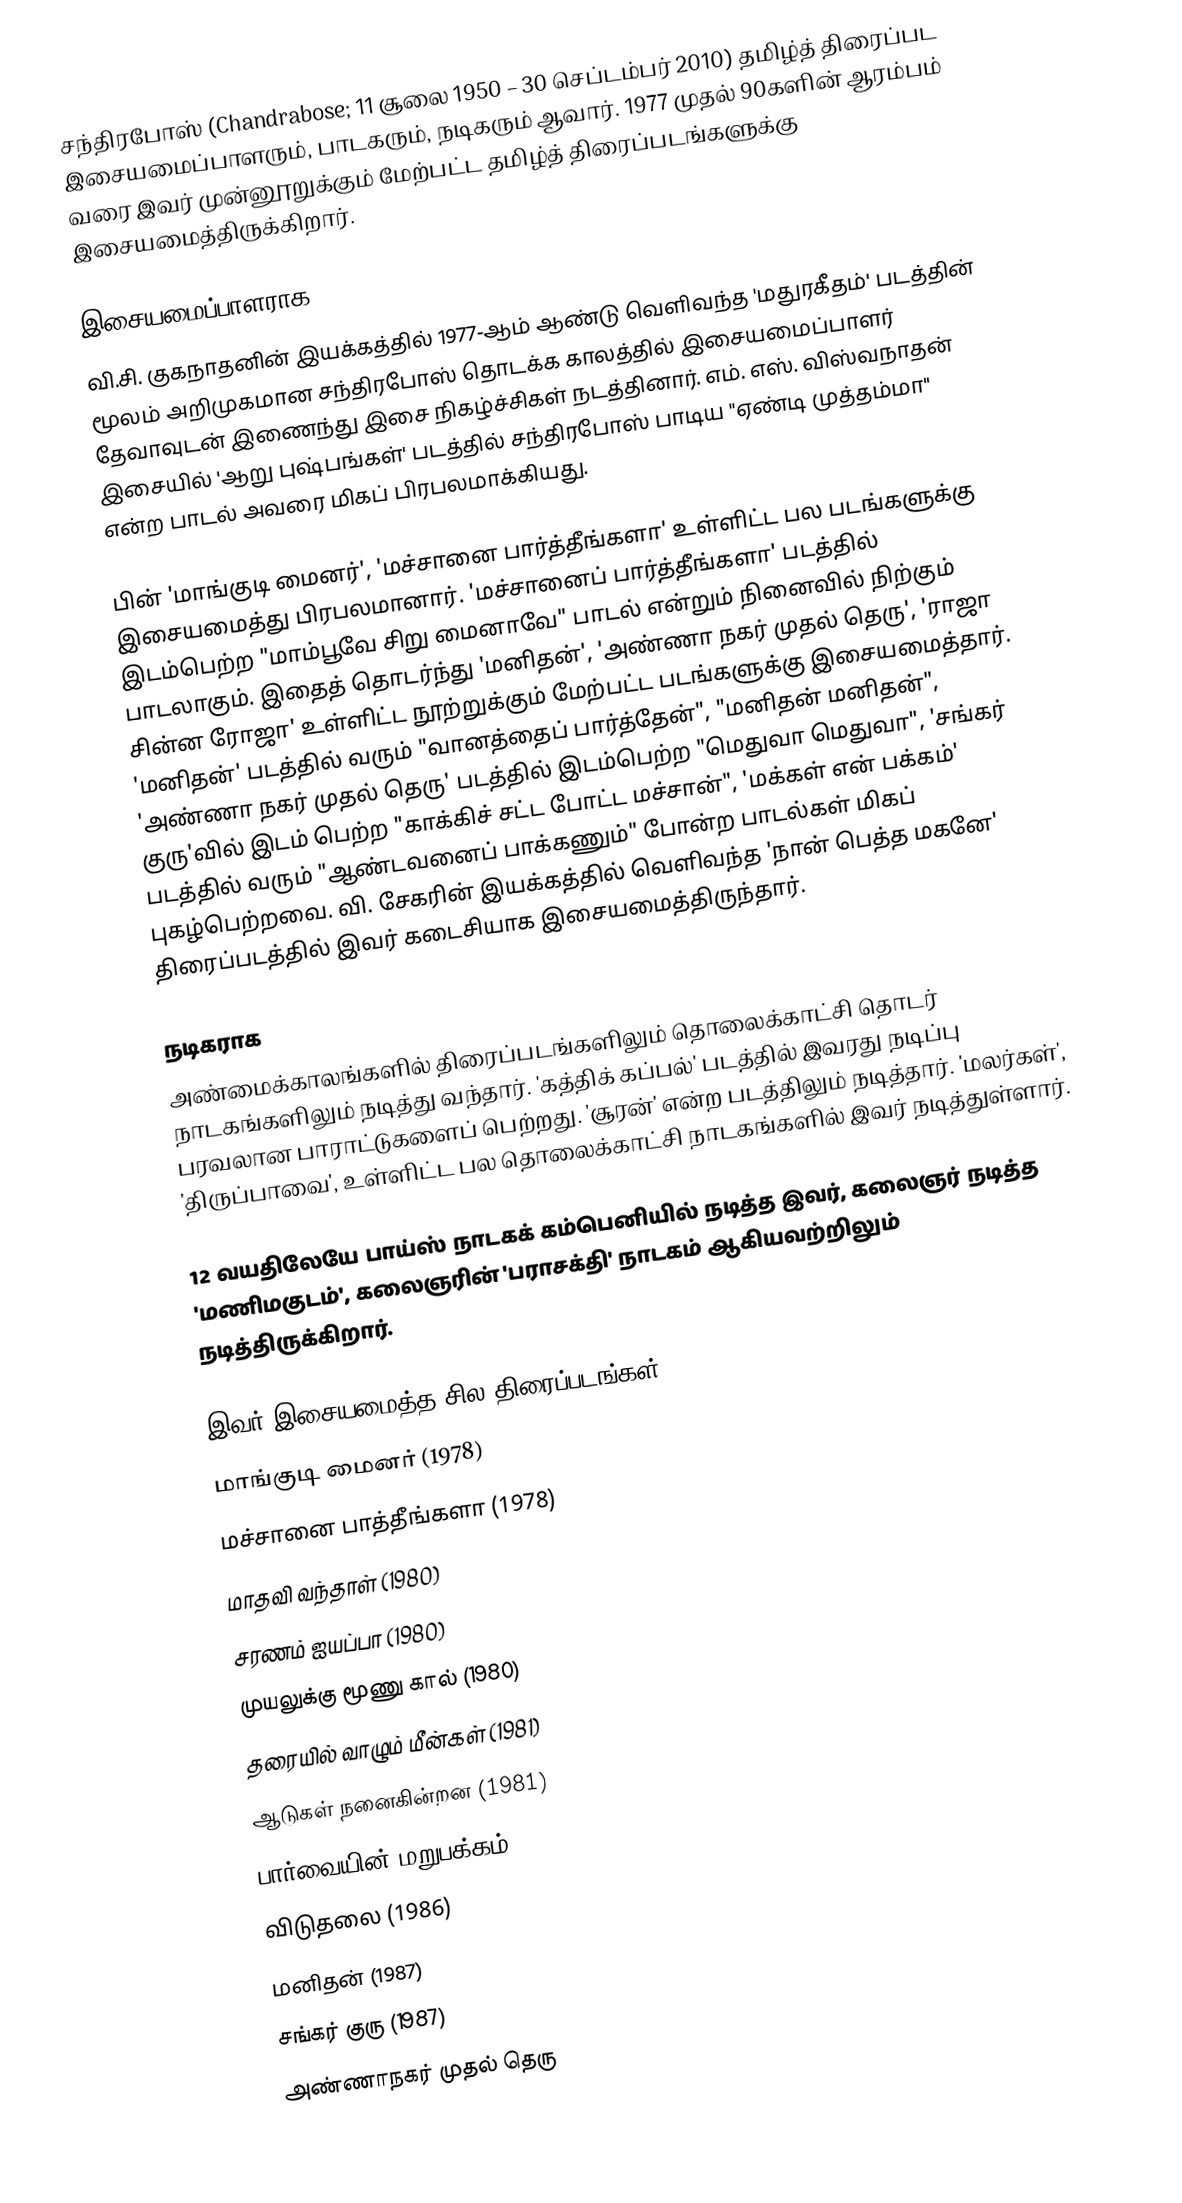
சந்திரபோஸ் (Chandrabose; 11 சூலை 1950 – 30 செப்டம்பர் 2010) தமிழ்த் திரைப்பட இசையமைப்பாளரும், பாடகரும், நடிகரும் ஆவார். 1977 முதல் 90களின் ஆரம்பம் வரை இவர் முன்னூறுக்கும் மேற்பட்ட தமிழ்த் திரைப்படங்களுக்கு இசையமைத்திருக்கிறார்.

இசையமைப்பாளராக
வி.சி. குகநாதனின் இயக்கத்தில் 1977-ஆம் ஆண்டு வெளிவந்த 'மதுரகீதம்' படத்தின் மூலம் அறிமுகமான சந்திரபோஸ் தொடக்க காலத்தில் இசையமைப்பாளர் தேவாவுடன் இணைந்து இசை நிகழ்ச்சிகள் நடத்தினார். எம். எஸ். விஸ்வநாதன் இசையில் 'ஆறு புஷ்பங்கள்' படத்தில் சந்திரபோஸ் பாடிய "ஏண்டி முத்தம்மா" என்ற பாடல் அவரை மிகப் பிரபலமாக்கியது.

பின் 'மாங்குடி மைனர்', 'மச்சானை பார்த்தீங்களா' உள்ளிட்ட பல படங்களுக்கு இசையமைத்து பிரபலமானார். 'மச்சானைப் பார்த்தீங்களா' படத்தில் இடம்பெற்ற "மாம்பூவே சிறு மைனாவே" பாடல் என்றும் நினைவில் நிற்கும் பாடலாகும். இதைத் தொடர்ந்து 'மனிதன்',  'அண்ணா நகர் முதல் தெரு', 'ராஜா சின்ன ரோஜா' உள்ளிட்ட நூற்றுக்கும் மேற்பட்ட படங்களுக்கு இசையமைத்தார். 'மனிதன்' படத்தில் வரும் "வானத்தைப் பார்த்தேன்", "மனிதன் மனிதன்", 'அண்ணா நகர் முதல் தெரு' படத்தில் இடம்பெற்ற "மெதுவா மெதுவா", 'சங்கர் குரு'வில் இடம் பெற்ற "காக்கிச் சட்ட போட்ட மச்சான்", 'மக்கள் என் பக்கம்' படத்தில் வரும் "ஆண்டவனைப் பாக்கணும்" போன்ற பாடல்கள் மிகப் புகழ்பெற்றவை. வி. சேகரின் இயக்கத்தில் வெளிவந்த 'நான் பெத்த மகனே' திரைப்படத்தில் இவர் கடைசியாக இசையமைத்திருந்தார்.

நடிகராக
அண்மைக்காலங்களில் திரைப்படங்களிலும் தொலைக்காட்சி தொடர் நாடகங்களிலும் நடித்து வந்தார். 'கத்திக் கப்பல்' படத்தில் இவரது நடிப்பு பரவலான பாராட்டுகளைப் பெற்றது. 'சூரன்' என்ற படத்திலும் நடித்தார். 'மலர்கள்', 'திருப்பாவை', உள்ளிட்ட பல தொலைக்காட்சி நாடகங்களில் இவர் நடித்துள்ளார்.

12 வயதிலேயே பாய்ஸ் நாடகக் கம்பெனியில் நடித்த இவர், கலைஞர் நடித்த 'மணிமகுடம்', கலைஞரின் 'பராசக்தி' நாடகம் ஆகியவற்றிலும் நடித்திருக்கிறார்.

இவர் இசையமைத்த சில திரைப்படங்கள்
 மாங்குடி மைனர் (1978)
 மச்சானை பாத்தீங்களா (1978)
 மாதவி வந்தாள் (1980)
 சரணம் ஐயப்பா (1980)
 முயலுக்கு மூணு கால் (1980)
 தரையில் வாழும் மீன்கள் (1981)
 ஆடுகள் நனைகின்றன (1981)
 பார்வையின் மறுபக்கம் (1982)
 விடுதலை (1986)
 மனிதன் (1987)
 சங்கர் குரு (1987)
 அண்ணாநகர் முதல் தெரு